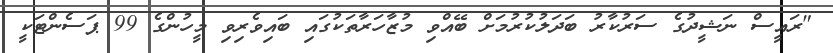
"ރައީސް ނަޝީދުގެ ސަރުކާރު ބަދަލުކުރުމަށް ބޭއްވި މުޒާހަރާތަކުގައި ބައިވެރިވި މީހުންގެ 99 ޕަސެންޓަކީ